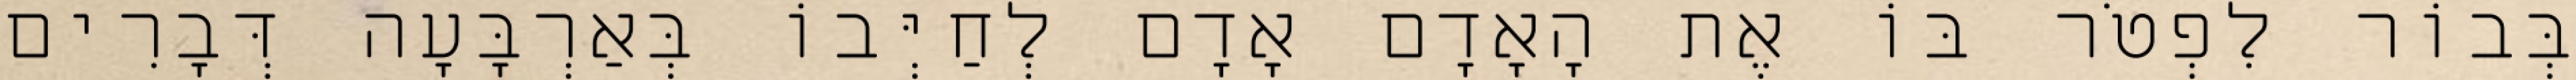
בְּבוֹר לִפְטֹר בּוֹ אֶת הָאָדָם אָדָם לְחַיְּבוֹ בְּאַרְבָּעָה דְּבָרִים